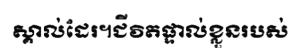
ស្គាល់ដែរ។ជីវិតផ្ទាល់ខ្លួនរបស់